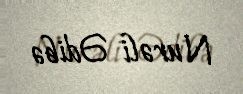
Nurəli Ədibə